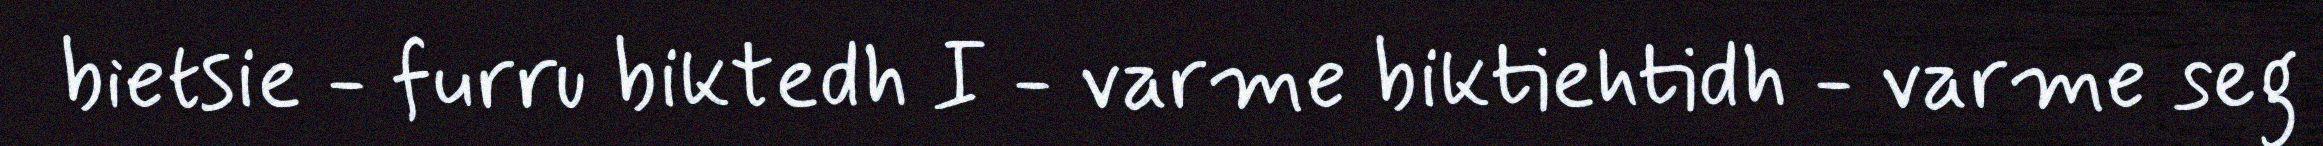
bietsie - furru biktedh I - varme biktiehtidh - varme seg